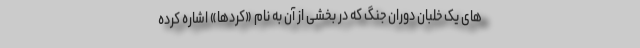
های یک خلبان دوران جنگ که در بخشی از آن به نام «کُردها» اشاره کرده